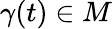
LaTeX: \gamma(t)\in M